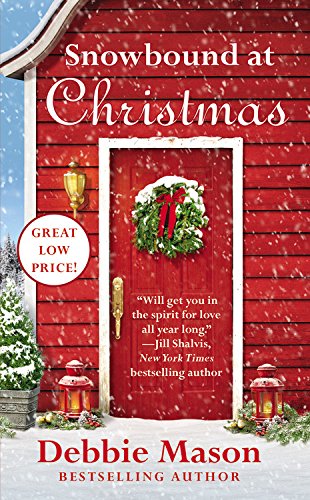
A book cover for Snowbound at Christmas (Christmas, Colorado); Debbie Mason; Romance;